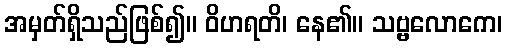
အမှတ်ရှိသည်ဖြစ်၍။ ဝိဟရတိ၊ နေ၏။ သဗ္ဗလောကေ၊